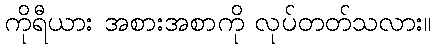
ကိုရီယား အစားအစာကို လုပ်တတ်သလား။